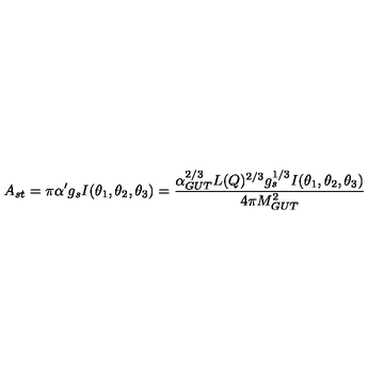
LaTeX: A _ { s t } = \pi \alpha ^ { \prime } g _ { s } I ( \theta _ { 1 } , \theta _ { 2 } , \theta _ { 3 } ) = { \frac { \alpha _ { G U T } ^ { 2 / 3 } L ( Q ) ^ { 2 / 3 } g _ { s } ^ { 1 / 3 } I ( \theta _ { 1 } , \theta _ { 2 } , \theta _ { 3 } ) } { 4 \pi M _ { G U T } ^ { 2 } } } \,